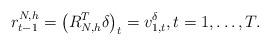
LaTeX: \begin{align*}r_{t-1}^{N,h}=\left(R^T_{N,h}\delta\right)_t=v^\delta_{1,t},t=1,\ldots,T.\end{align*}